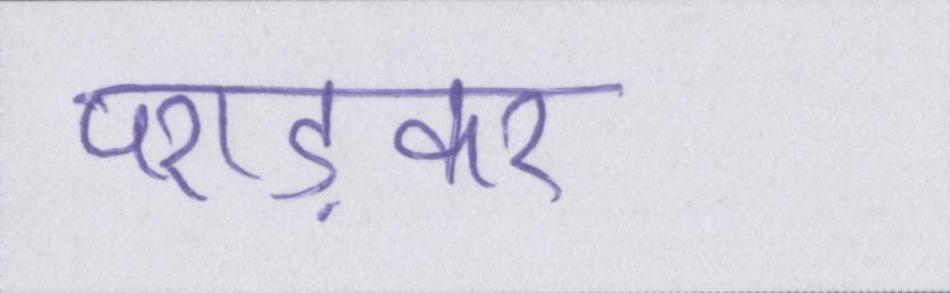
पराड़कर